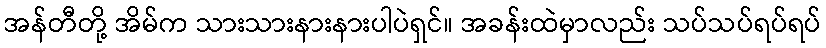
အန်တီတို့ အိမ်က သားသားနားနားပါပဲရှင်။ အခန်းထဲမှာလည်း သပ်သပ်ရပ်ရပ်